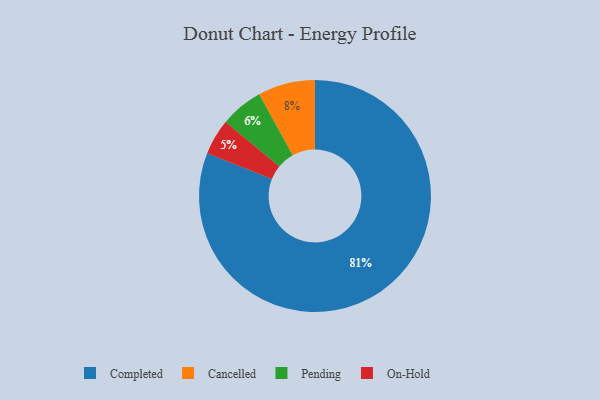
{"axis": {"x": "Category", "y": "Percentage"}, "legend": ["Cancelled", "Completed", "On-Hold", "Pending"], "data": [{"x": "On-Hold", "y": 5, "type": "On-Hold"}, {"x": "Completed", "y": 81, "type": "Completed"}, {"x": "Cancelled", "y": 8, "type": "Cancelled"}, {"x": "Pending", "y": 6, "type": "Pending"}]}